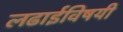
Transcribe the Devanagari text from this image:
लढाईविषयी